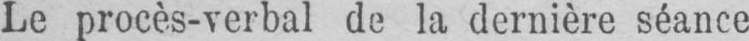
Le procès-verbal de la dernière séance